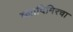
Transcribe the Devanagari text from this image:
व्लादिमिरचा